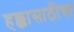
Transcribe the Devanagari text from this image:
हक्कासाठीचा